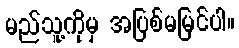
မည်သူ့ကိုမှ အပြစ်မမြင်ပါ။